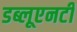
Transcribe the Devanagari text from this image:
डब्लूएनटी